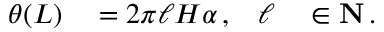
\begin{array} { r l r l } { \theta ( L ) } & { { } = 2 \pi \ell H \alpha \, , } & { \ell } & { { } \in \mathbf N \, . } \end{array}